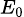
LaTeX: \scriptstyle{E_{0}}